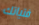
فتياتك